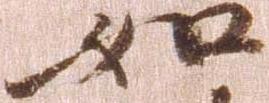
如